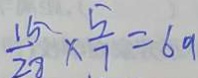
\frac { 1 5 } { 2 8 } \times \frac { 5 } { 7 } = 6 9